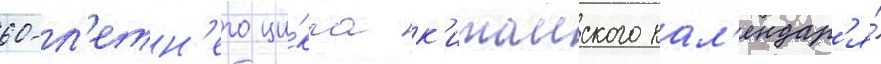
60-л'етн'его ци́кла к'итаиского кал'ендар'я́